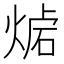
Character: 𤋛